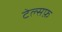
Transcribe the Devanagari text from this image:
टेल्सफ़